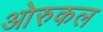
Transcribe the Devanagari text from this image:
ओरुकल